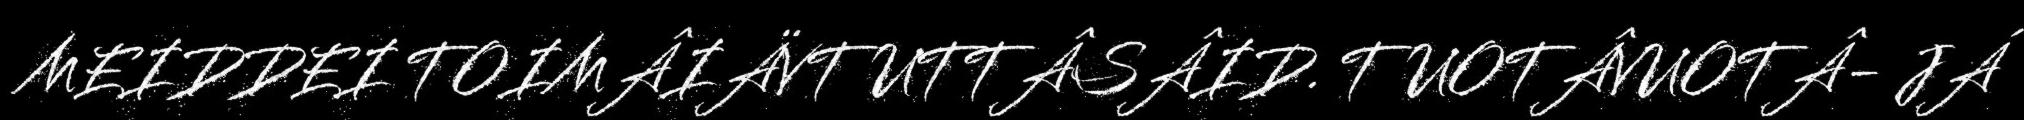
MEIDDEI TOIMÂIÄVTUTTÂSÂID. TUOTÂVUOTÂ- JÁ